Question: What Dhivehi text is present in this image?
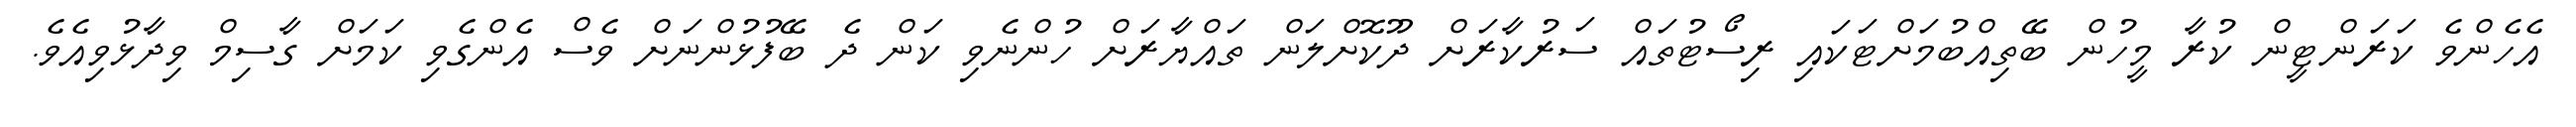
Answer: އެހެންވެ ކަރަންޓީން ކުރާ މީހުން ބޭތިއްބުމަށްޓަކައި ރިސޯޓުތައް ސަރުކާރަށް ދޫކޮށްލަން ތައްޔާރަށް ހުންނެވި ކަން ދެ ބޭފުޅުންނަށް ވެސް އެންގެވި ކަމަށް ގާސިމް ވިދާޅުވިއެވެ.